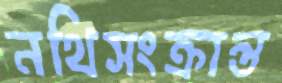
নথিসংক্রান্ত